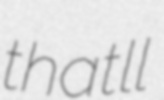
thatll